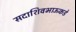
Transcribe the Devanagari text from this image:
सदाशिवभाऊकडे